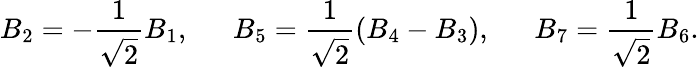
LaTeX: B_{2}=-\frac{1}{\sqrt{2}}B_{1},\ \ \ \ \ \ B_{5}=\frac{1}{\sqrt{2}}(B_{4}-B_{3}),\ \ \ \ \ \ B_{7}=\frac{1}{\sqrt{2}}B_{6}.